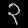
Digit: ၃